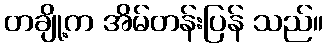
တချို့က အိမ်တန်းပြန် သည်။